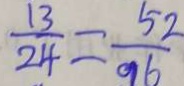
\frac { 1 3 } { 2 4 } = \frac { 5 2 } { 9 6 }